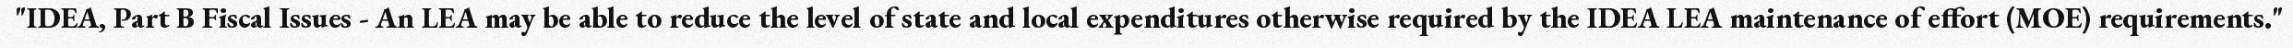
"IDEA, Part B Fiscal Issues - An LEA may be able to reduce the level of state and local expenditures otherwise required by the IDEA LEA maintenance of effort (MOE) requirements."